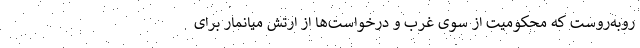
روبه‌روست که محکومیت از سوی غرب و درخواست‌ها از ارتش میانمار برای